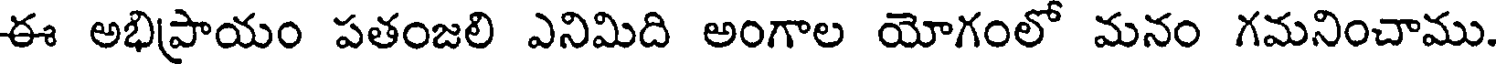
ఈ అభిప్రాయం పతంజలి ఎనిమిది అంగాల యోగంలో మనం గమనించాము.